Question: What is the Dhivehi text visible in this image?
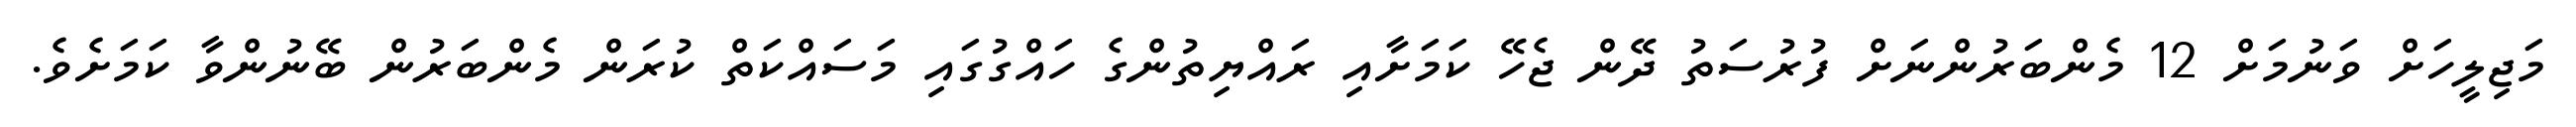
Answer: މަޖިލީހަށް ވަނުމަށް 12 މެންބަރުންނަށް ފުރުސަތު ދޭން ޖެހޭ ކަމަށާއި ރައްޔިތުންގެ ހައްގުގައި މަސައްކަތް ކުރަން މެންބަރުން ބޭނުންވާ ކަމަށެވެ.